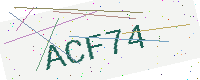
Text: ACF74